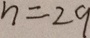
n = 2 9